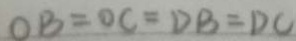
O B = D C = D B = D C